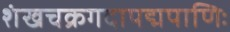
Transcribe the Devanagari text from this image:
शंखचक्रगदापद्मपाणिः